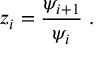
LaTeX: z _ { i } = \frac { \psi _ { i + 1 } } { \psi _ { i } } \; .